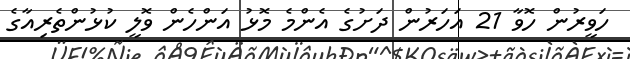
ހަވީރުން ހޮވާ 21 އަހަރުން ދަށުގެ އެންމެ މޮޅު އަންހެން ވޮލީ ކުޅުންތެރިއާގެ